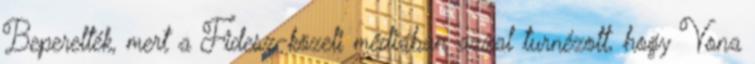
Beperelték, mert a Fidesz-közeli médiában azzal turnézott, hogy Vona